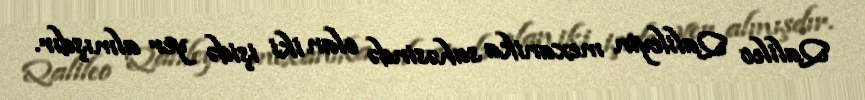
Qalileo Qalileyin mexanika sahəsində olan iki işidə yer almışdır.